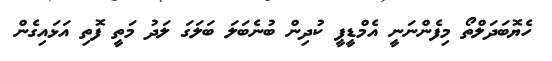
ހެޔޮބަދަލްތޯ މިފެންނަނީ އެމްޑީޕީ ކުދިން ބުނެބަލަ ބަލަގަ ލަދު މަތީ ފޮތި އަޅައިގެން